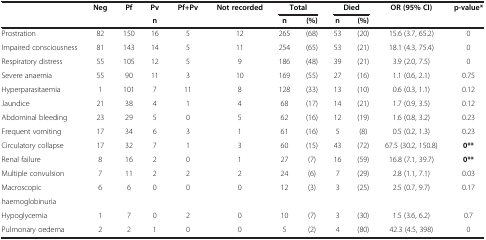
<table><thead><tr><td><b> </b></td><td><b>Neg</b></td><td><b>Pf</b></td><td><b>Pv</b></td><td><b>Pf+Pv</b></td><td><b>Not recorded</b></td><td colspan="2"><b>Total</b></td><td colspan="2"><b>Died</b></td><td><b>OR (95% CI)</b></td><td><b>p-value*</b></td></tr><tr><td><b> </b></td><td><b> </b></td><td><b> </b></td><td><b>n</b></td><td><b> </b></td><td><b> </b></td><td><b>n</b></td><td><b>(%)</b></td><td><b>n</b></td><td><b>(%)</b></td><td><b> </b></td><td><b> </b></td></tr></thead><tbody><tr><td>Prostration</td><td>82</td><td>150</td><td>16</td><td>5</td><td>12</td><td>265</td><td>(68)</td><td>53</td><td>(20)</td><td>15.6 (3.7, 65.2)</td><td>0</td></tr><tr><td>Impaired consciousness</td><td>81</td><td>143</td><td>14</td><td>5</td><td>11</td><td>254</td><td>(65)</td><td>53</td><td>(21)</td><td>18.1 (4.3, 75.4)</td><td>0</td></tr><tr><td>Respiratory distress</td><td>55</td><td>105</td><td>12</td><td>5</td><td>9</td><td>186</td><td>(48)</td><td>39</td><td>(21)</td><td>3.9 (2.0, 7.5)</td><td>0</td></tr><tr><td>Severe anaemia</td><td>55</td><td>90</td><td>11</td><td>3</td><td>10</td><td>169</td><td>(55)</td><td>27</td><td>(16)</td><td>1.1 (0.6, 2.1)</td><td>0.75</td></tr><tr><td>Hyperparasitaemia</td><td>1</td><td>101</td><td>7</td><td>11</td><td>8</td><td>128</td><td>(33)</td><td>13</td><td>(10)</td><td>0.6 (0.3, 1.1)</td><td>0.12</td></tr><tr><td>Jaundice</td><td>21</td><td>38</td><td>4</td><td>1</td><td>4</td><td>68</td><td>(17)</td><td>14</td><td>(21)</td><td>1.7 (0.9, 3.5)</td><td>0.12</td></tr><tr><td>Abdominal bleeding</td><td>23</td><td>29</td><td>5</td><td>0</td><td>5</td><td>62</td><td>(16)</td><td>12</td><td>(19)</td><td>1.6 (0.8, 3.2)</td><td>0.23</td></tr><tr><td>Frequent vomiting</td><td>17</td><td>34</td><td>6</td><td>3</td><td>1</td><td>61</td><td>(16)</td><td>5</td><td>(8)</td><td>0.5 (0.2, 1.3)</td><td>0.23</td></tr><tr><td>Circulatory collapse</td><td>17</td><td>32</td><td>7</td><td>1</td><td>3</td><td>60</td><td>(15)</td><td>43</td><td>(72)</td><td>67.5 (30.2, 150.8)</td><td><b>0**</b></td></tr><tr><td>Renal failure</td><td>8</td><td>16</td><td>2</td><td>0</td><td>1</td><td>27</td><td>(7)</td><td>16</td><td>(59)</td><td>16.8 (7.1, 39.7)</td><td><b>0**</b></td></tr><tr><td>Multiple convulsion</td><td>7</td><td>11</td><td>2</td><td>2</td><td>2</td><td>24</td><td>(6)</td><td>7</td><td>(29)</td><td>2.8 (1.1, 7.1)</td><td>0.03</td></tr><tr><td>Macroscopic</td><td rowspan="2">6</td><td rowspan="2">6</td><td rowspan="2">0</td><td rowspan="2">0</td><td rowspan="2">0</td><td rowspan="2">12</td><td rowspan="2">(3)</td><td rowspan="2">3</td><td rowspan="2">(25)</td><td rowspan="2">2.5 (0.7, 9.7)</td><td rowspan="2">0.17</td></tr><tr><td>haemoglobinuria</td></tr><tr><td>Hypoglycemia</td><td>1</td><td>7</td><td>0</td><td>2</td><td>0</td><td>10</td><td>(7)</td><td>3</td><td>(30)</td><td>1.5 (3.6, 6.2)</td><td>0.7</td></tr><tr><td>Pulmonary oedema</td><td>2</td><td>2</td><td>1</td><td>0</td><td>0</td><td>5</td><td>(2)</td><td>4</td><td>(80)</td><td>42.3 (4.5, 398)</td><td>0</td></tr></tbody></table>